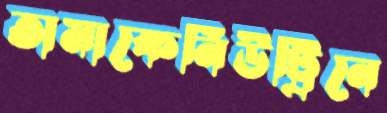
তামাকেনিউট্রিনে